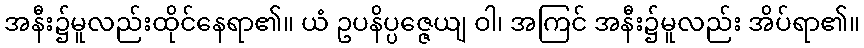
အနီး၌မူလည်းထိုင်နေရာ၏။ ယံ ဥပနိပ္ပဇ္ဇေယျ ဝါ၊ အကြင် အနီး၌မူလည်း အိပ်ရာ၏။